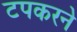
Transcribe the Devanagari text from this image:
टपकरने